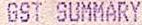
GST SUMMARY